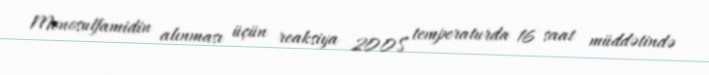
Monosulfamidin alınması üçün reaksiya 200S temperaturda 16 saat müddətində